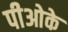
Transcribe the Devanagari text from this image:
पीओके